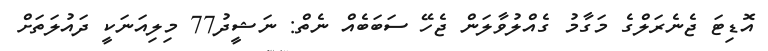
އޮޑިޓަ ޖެނެރަލްގެ މަގާމު ގެއްލުވާލަން ޖެހޭ ސަބަބެއް ނެތް: ނަޝީދު77 މިލިއަނަކީ ދައުލަތަށް